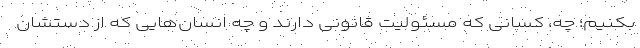
بکنیم؛ چه، کسانی که مسئولیت قانونی دارند و چه انسان‌هایی که از دستشان